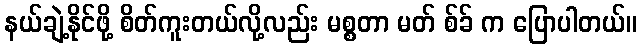
နယ်ချဲ့နိုင်ဖို့ စိတ်ကူးတယ်လို့လည်း မစ္စတာ မတ် စ်ခ် က ပြောပါတယ်။